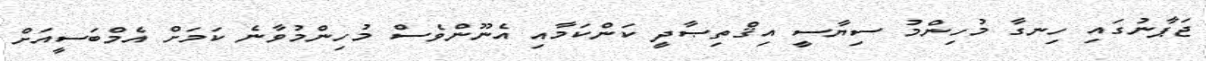
ޖަޕާނުގައި ހިނގާ މުހިންމު ސިޔާސީ އިޤްތިޞާދީ ކަންކަމާއި އެނޫންވެސް މުހިންމުވާނެ ކަމަށް އެމްބަސީއަށް